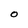
Character: O